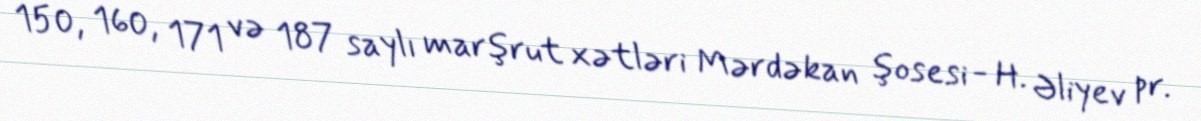
150, 160, 171 və 187 saylı marşrut xətləri Mərdəkan şosesi - H. Əliyev pr.